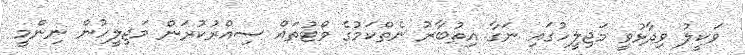
ވަކީލު ވިދާޅުވީ މަޖިލީހުގައި ނަގާ އިތުބާރު ނެތްކަމުގެ ވޯޓުތައް ސިއްރުކުރަން މަޖިލީހުން ނިންމީ